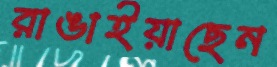
রাঙাইয়াছেন